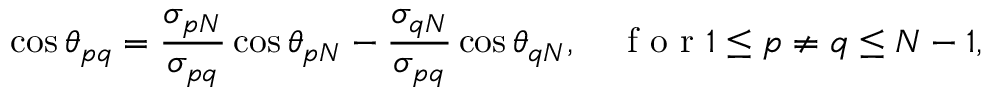
\cos \theta _ { p q } = \frac { \sigma _ { p N } } { \sigma _ { p q } } \cos \theta _ { p N } - \frac { \sigma _ { q N } } { \sigma _ { p q } } \cos \theta _ { q N } , \quad \mathrm { ~ f ~ o ~ r ~ } 1 \leq p \neq q \leq N - 1 ,